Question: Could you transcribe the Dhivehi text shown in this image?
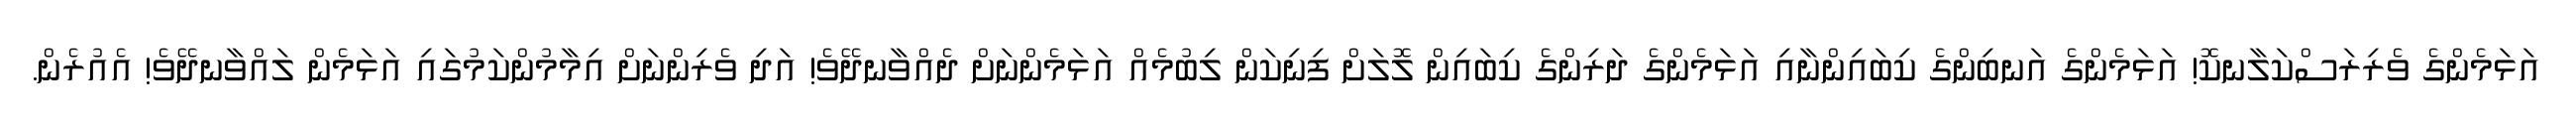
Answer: އަޅަމެންގެ ވެރިރަސްކަލާނކޮ! އަޅަމެންގެ އަނބިންގެ ކިބައިންނާއި އަޅަމެންގެ ދަރިންގެ ކިބައިން ލޮލަށް ފިނިކަން ލިބުމެއް އަޅަމެންނަށް ދެއްވާނދޭވެ! އަދި ވެރިންނަށް އިމާމުންކަމުގައި އަޅަމެން ލައްވާނދޭވެ! އެއުރެން.